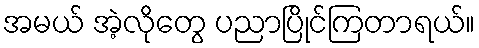
အမယ် အဲ့လိုတွေ ပညာပြိုင်ကြတာရယ်။